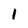
Character: 1